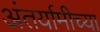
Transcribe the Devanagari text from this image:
अंतर्यामीच्या